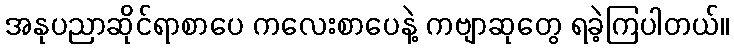
အနုပညာဆိုင်ရာစာပေ ကလေးစာပေနဲ့ ကဗျာဆုတွေ ရခဲ့ကြပါတယ်။